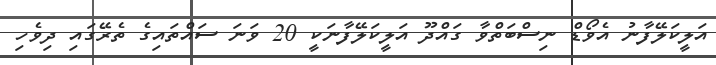
އަލީކަލޭފާނު އެވޯޑް ނިސްބަތްވާ ގައްދޫ އަލީކަލޭފާނަކީ 20 ވަނަ ސައްތައިގެ ތެރޭގައި ދިވެހި